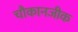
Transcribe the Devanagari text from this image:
चौकानजीक